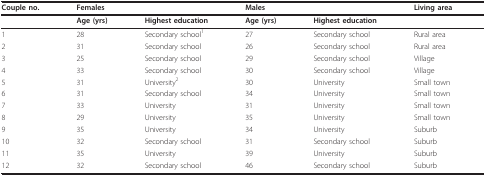
<table><thead><tr><td><b>Couple no.</b></td><td colspan="2"><b>Females</b></td><td colspan="2"><b>Males</b></td><td><b>Living area</b></td></tr></thead><tbody><tr><td></td><td><b>Age (yrs)</b></td><td><b>Highest education</b></td><td><b>Age (yrs)</b></td><td><b>Highest education</b></td><td></td></tr><tr><td>1</td><td>28</td><td>Secondary school<sup>1</sup></td><td>27</td><td>Secondary school</td><td>Rural area</td></tr><tr><td>2</td><td>31</td><td>Secondary school</td><td>26</td><td>Secondary school</td><td>Rural area</td></tr><tr><td>3</td><td>25</td><td>Secondary school</td><td>29</td><td>Secondary school</td><td>Village</td></tr><tr><td>4</td><td>33</td><td>Secondary school</td><td>30</td><td>Secondary school</td><td>Village</td></tr><tr><td>5</td><td>31</td><td>University<sup>2</sup></td><td>30</td><td>University</td><td>Small town</td></tr><tr><td>6</td><td>31</td><td>Secondary school</td><td>34</td><td>University</td><td>Small town</td></tr><tr><td>7</td><td>33</td><td>University</td><td>31</td><td>University</td><td>Small town</td></tr><tr><td>8</td><td>29</td><td>University</td><td>35</td><td>University</td><td>Small town</td></tr><tr><td>9</td><td>35</td><td>University</td><td>34</td><td>University</td><td>Suburb</td></tr><tr><td>10</td><td>32</td><td>Secondary school</td><td>31</td><td>Secondary school</td><td>Suburb</td></tr><tr><td>11</td><td>35</td><td>University</td><td>39</td><td>University</td><td>Suburb</td></tr><tr><td>12</td><td>32</td><td>Secondary school</td><td>46</td><td>Secondary school</td><td>Suburb</td></tr></tbody></table>